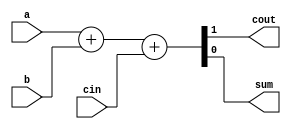
`timescale 1ns / 1ps
//////////////////////////////////////////////////////////////////////////////////
// Company: 
// Engineer: 
// 
// Design Name: 
// Module Name:    full_adder_behavioral 
// Project Name: 
// Target Devices: 
// Tool versions: 
// Description: 
//
// Dependencies: 
//
// Revision: 
// Revision 0.01 - File Created
// Additional Comments: 
//
//////////////////////////////////////////////////////////////////////////////////
module full_adder_behavioral(
		input a,
		input b,
		input cin,
		
		output cout,
		output sum
    );
	 
	 assign {cout, sum} = a + b + cin;
	 
	 

endmodule